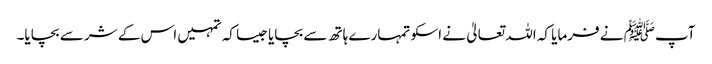
آپﷺ نے فرمایا کہ اللہ تعالیٰ نے اسکو تمہارے ہاتھ سے بچایا جیسا کہ تمہیں اس کے شر سے بچایا۔